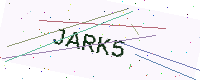
Text: JARK5